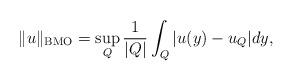
LaTeX: \begin{align*}\| u\|_{\operatorname{BMO}} = \sup_{Q} \frac 1 {|Q|} \int_Q | u(y)-u_Q| dy,\end{align*}